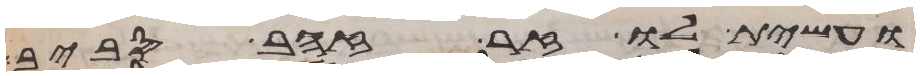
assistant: ועשית לו זר זהב סביב